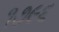
૧૭૯૬